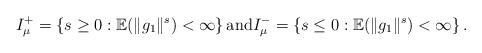
LaTeX: \begin{align*}I_{\mu}^+ = \left\{ s \geq 0: \mathbb{E}(\|g_1\|^{s}) < \infty \right\}\mbox{and} I_{\mu}^- = \left\{ s \leq 0: \mathbb{E}(\|g_1\|^{s}) < \infty \right\}. \end{align*}